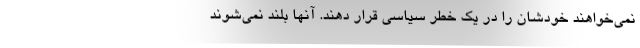
نمی‌خواهند خودشان را در یک خطر سیاسی قرار دهند. آنها بلند نمی‌شوند